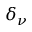
\delta _ { \nu }